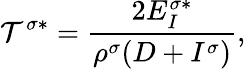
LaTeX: \mathcal{T}^{\sigma*}=\frac{{2E_{I}^{\sigma*}}}{{\rho^{\sigma}(D+I^{\sigma})}},